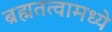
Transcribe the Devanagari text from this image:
ब्रह्मतत्वामध्ये